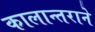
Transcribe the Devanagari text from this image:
कालान्तराने